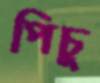
পিচু